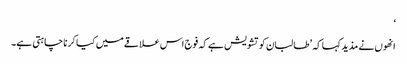
‘
انھوں نے مذید کہا کہ ’طالبان کو تشویش ہے کہ فوج اس علاقے میں کیا کر نا چاہتی ہے۔